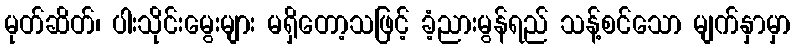
မုတ်ဆိတ်၊ ပါးသိုင်းမွေးများ မရှိတော့သဖြင့် ခံ့ညားမွန်ရည် သန့်စင်သော မျက်နှာမှာ